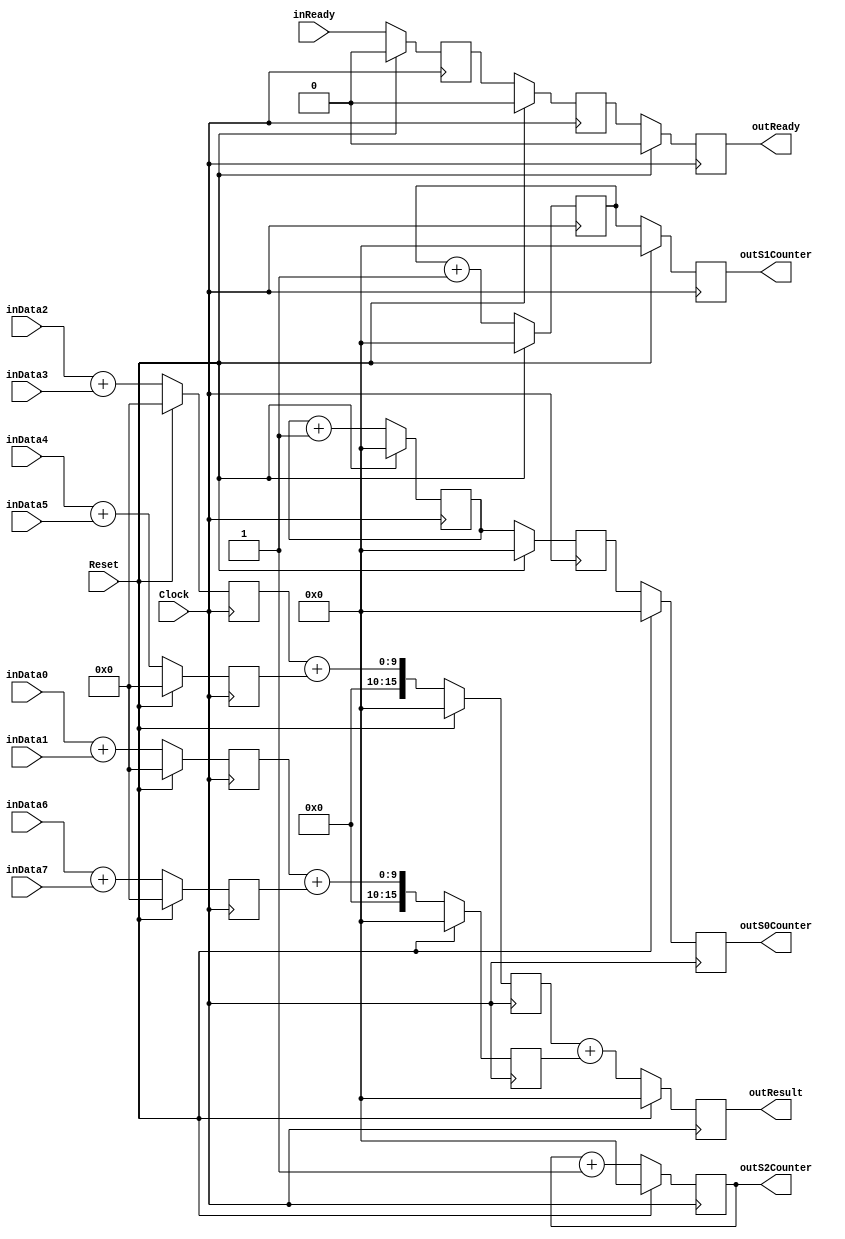
`timescale 1ns/1ps
`default_nettype none
// PLEASE READ THIS, IT MAY SAVE YOU SOME TIME AND MONEY, THANK YOU!
// * This file was generated by Quokka FPGA Toolkit.
// * Generated code is your property, do whatever you want with it
// * Place custom code between [BEGIN USER ***] and [END USER ***].
// * CAUTION: All code outside of [USER] scope is subject to regeneration.
// * Bad things happen sometimes in developer's life,
//   it is recommended to use source control management software (e.g. git, bzr etc) to keep your custom code safe'n'sound.
// * Internal structure of code is subject to change.
//   You can use some of signals in custom code, but most likely they will not exist in future (e.g. will get shorter or gone completely)
// * Please send your feedback, comments, improvement ideas etc. to evmuryshkin@gmail.com
// * Visit https://github.com/EvgenyMuryshkin/QuokkaEvaluation to access latest version of playground
//
// DISCLAIMER:
//   Code comes AS-IS, it is your responsibility to make sure it is working as expected
//   no responsibility will be taken for any loss or damage caused by use of Quokka toolkit.
//
// System configuration name is StageStatePipelineModule_TopLevel, clock frequency is 1Hz, Top-level
// FSM summary
// -- Packages
module StageStatePipelineModule_TopLevel
(
	// [BEGIN USER PORTS]
	// [END USER PORTS]
	input wire Clock,
	input wire Reset,
	input wire [7:0] inData0,
	input wire [7:0] inData1,
	input wire [7:0] inData2,
	input wire [7:0] inData3,
	input wire [7:0] inData4,
	input wire [7:0] inData5,
	input wire [7:0] inData6,
	input wire [7:0] inData7,
	input wire inReady,
	output wire outReady,
	output wire [15:0] outResult,
	output wire [15:0] outS0Counter,
	output wire [15:0] outS1Counter,
	output wire [15:0] outS2Counter
);
	// [BEGIN USER SIGNALS]
	// [END USER SIGNALS]
	localparam HiSignal = 1'b1;
	localparam LoSignal = 1'b0;
	wire Zero = 1'b0;
	wire One = 1'b1;
	wire true = 1'b1;
	wire false = 1'b0;
	wire [15: 0] Pipeline_stage0_State_sumsDefault = 16'b0000000000000000;
	wire [15: 0] Pipeline_stage1_State_sumsDefault = 16'b0000000000000000;
	wire Pipeline_StageStatePipelineModule_L92F60T61_Expr = 1'b1;
	wire Pipeline_StageStatePipelineModule_L97F64T65_Expr = 1'b1;
	wire Pipeline_StageStatePipelineModule_L108F59T60_Expr = 1'b1;
	wire Inputs_inReady;
	reg Pipeline_stage0_NextState_IsReady;
	reg [15: 0] Pipeline_stage0_NextState_S0Counter;
	reg Pipeline_stage1_NextState_IsReady;
	reg [15: 0] Pipeline_stage1_NextState_S0Counter;
	reg [15: 0] Pipeline_stage1_NextState_S1Counter;
	reg Pipeline_stage2_NextState_IsReady;
	reg [15: 0] Pipeline_stage2_NextState_result;
	reg [15: 0] Pipeline_stage2_NextState_S0Counter;
	reg [15: 0] Pipeline_stage2_NextState_S1Counter;
	reg [15: 0] Pipeline_stage2_NextState_S2Counter;
	wire Pipeline_Inputs_inReady;
	wire Pipeline_State_IsReady;
	wire [15: 0] Pipeline_State_result;
	wire [15: 0] Pipeline_State_S0Counter;
	wire [15: 0] Pipeline_State_S1Counter;
	wire [15: 0] Pipeline_State_S2Counter;
	wire Pipeline_NextState_IsReady;
	wire [15: 0] Pipeline_NextState_result;
	wire [15: 0] Pipeline_NextState_S0Counter;
	wire [15: 0] Pipeline_NextState_S1Counter;
	wire [15: 0] Pipeline_NextState_S2Counter;
	wire [15: 0] Pipeline_StageStatePipelineModule_L87F25T60_Cast;
	wire [15: 0] Pipeline_StageStatePipelineModule_L88F25T60_Cast;
	wire [15: 0] Pipeline_StageStatePipelineModule_L89F25T60_Cast;
	wire [15: 0] Pipeline_StageStatePipelineModule_L90F25T60_Cast;
	wire [15: 0] Pipeline_StageStatePipelineModule_L92F33T62_Cast;
	wire [15: 0] Pipeline_StageStatePipelineModule_L97F33T66_Cast;
	wire [15: 0] Pipeline_StageStatePipelineModule_L100F25T58_Cast;
	wire [15: 0] Pipeline_StageStatePipelineModule_L101F25T58_Cast;
	wire [15: 0] Pipeline_StageStatePipelineModule_L105F30T63_Cast;
	wire [15: 0] Pipeline_StageStatePipelineModule_L108F33T61_Cast;
	wire StageStatePipelineModule_L39F33T61_Cast;
	reg Pipeline_stage0_State_IsReady = 1'b0;
	wire Pipeline_stage0_State_IsReadyDefault = 1'b0;
	reg [15: 0] Pipeline_stage0_State_S0Counter = 16'b0000000000000000;
	wire [15: 0] Pipeline_stage0_State_S0CounterDefault = 16'b0000000000000000;
	reg Pipeline_stage1_State_IsReady = 1'b0;
	wire Pipeline_stage1_State_IsReadyDefault = 1'b0;
	reg [15: 0] Pipeline_stage1_State_S0Counter = 16'b0000000000000000;
	wire [15: 0] Pipeline_stage1_State_S0CounterDefault = 16'b0000000000000000;
	reg [15: 0] Pipeline_stage1_State_S1Counter = 16'b0000000000000000;
	wire [15: 0] Pipeline_stage1_State_S1CounterDefault = 16'b0000000000000000;
	reg Pipeline_stage2_State_IsReady = 1'b0;
	wire Pipeline_stage2_State_IsReadyDefault = 1'b0;
	reg [15: 0] Pipeline_stage2_State_result = 16'b0000000000000000;
	wire [15: 0] Pipeline_stage2_State_resultDefault = 16'b0000000000000000;
	reg [15: 0] Pipeline_stage2_State_S0Counter = 16'b0000000000000000;
	wire [15: 0] Pipeline_stage2_State_S0CounterDefault = 16'b0000000000000000;
	reg [15: 0] Pipeline_stage2_State_S1Counter = 16'b0000000000000000;
	wire [15: 0] Pipeline_stage2_State_S1CounterDefault = 16'b0000000000000000;
	reg [15: 0] Pipeline_stage2_State_S2Counter = 16'b0000000000000000;
	wire [15: 0] Pipeline_stage2_State_S2CounterDefault = 16'b0000000000000000;
	wire [9: 0] Pipeline_StageStatePipelineModule_L87F34T59_Expr;
	wire signed [9: 0] Pipeline_StageStatePipelineModule_L87F34T59_Expr_1;
	wire signed [9: 0] Pipeline_StageStatePipelineModule_L87F34T59_Expr_2;
	wire [9: 0] Pipeline_StageStatePipelineModule_L88F34T59_Expr;
	wire signed [9: 0] Pipeline_StageStatePipelineModule_L88F34T59_Expr_1;
	wire signed [9: 0] Pipeline_StageStatePipelineModule_L88F34T59_Expr_2;
	wire [9: 0] Pipeline_StageStatePipelineModule_L89F34T59_Expr;
	wire signed [9: 0] Pipeline_StageStatePipelineModule_L89F34T59_Expr_1;
	wire signed [9: 0] Pipeline_StageStatePipelineModule_L89F34T59_Expr_2;
	wire [9: 0] Pipeline_StageStatePipelineModule_L90F34T59_Expr;
	wire signed [9: 0] Pipeline_StageStatePipelineModule_L90F34T59_Expr_1;
	wire signed [9: 0] Pipeline_StageStatePipelineModule_L90F34T59_Expr_2;
	wire [17: 0] Pipeline_StageStatePipelineModule_L92F42T61_Expr;
	wire signed [17: 0] Pipeline_StageStatePipelineModule_L92F42T61_Expr_1;
	wire signed [17: 0] Pipeline_StageStatePipelineModule_L92F42T61_Expr_2;
	wire [17: 0] Pipeline_StageStatePipelineModule_L97F42T65_Expr;
	wire signed [17: 0] Pipeline_StageStatePipelineModule_L97F42T65_Expr_1;
	wire signed [17: 0] Pipeline_StageStatePipelineModule_L97F42T65_Expr_2;
	wire [17: 0] Pipeline_StageStatePipelineModule_L100F34T57_Expr;
	wire signed [17: 0] Pipeline_StageStatePipelineModule_L100F34T57_Expr_1;
	wire signed [17: 0] Pipeline_StageStatePipelineModule_L100F34T57_Expr_2;
	wire [17: 0] Pipeline_StageStatePipelineModule_L101F34T57_Expr;
	wire signed [17: 0] Pipeline_StageStatePipelineModule_L101F34T57_Expr_1;
	wire signed [17: 0] Pipeline_StageStatePipelineModule_L101F34T57_Expr_2;
	wire [17: 0] Pipeline_StageStatePipelineModule_L105F39T62_Expr;
	wire signed [17: 0] Pipeline_StageStatePipelineModule_L105F39T62_Expr_1;
	wire signed [17: 0] Pipeline_StageStatePipelineModule_L105F39T62_Expr_2;
	wire [17: 0] Pipeline_StageStatePipelineModule_L108F42T60_Expr;
	wire signed [17: 0] Pipeline_StageStatePipelineModule_L108F42T60_Expr_1;
	wire signed [17: 0] Pipeline_StageStatePipelineModule_L108F42T60_Expr_2;
	wire [7 : 0] Inputs_inData [0 : 7];
	integer Pipeline_stage0_State_sums_Iterator;
	reg [15 : 0] Pipeline_stage0_State_sums [0 : 3];
	initial
	begin : Init_Pipeline_stage0_State_sums
		for (Pipeline_stage0_State_sums_Iterator = 0; Pipeline_stage0_State_sums_Iterator < 4; Pipeline_stage0_State_sums_Iterator = Pipeline_stage0_State_sums_Iterator + 1)
			Pipeline_stage0_State_sums[Pipeline_stage0_State_sums_Iterator] = 0;
	end
	integer Pipeline_stage0_NextState_sums_Iterator;
	reg [15 : 0] Pipeline_stage0_NextState_sums [0 : 3];
	initial
	begin : Init_Pipeline_stage0_NextState_sums
		for (Pipeline_stage0_NextState_sums_Iterator = 0; Pipeline_stage0_NextState_sums_Iterator < 4; Pipeline_stage0_NextState_sums_Iterator = Pipeline_stage0_NextState_sums_Iterator + 1)
			Pipeline_stage0_NextState_sums[Pipeline_stage0_NextState_sums_Iterator] = 0;
	end
	integer Pipeline_stage1_State_sums_Iterator;
	reg [15 : 0] Pipeline_stage1_State_sums [0 : 1];
	initial
	begin : Init_Pipeline_stage1_State_sums
		for (Pipeline_stage1_State_sums_Iterator = 0; Pipeline_stage1_State_sums_Iterator < 2; Pipeline_stage1_State_sums_Iterator = Pipeline_stage1_State_sums_Iterator + 1)
			Pipeline_stage1_State_sums[Pipeline_stage1_State_sums_Iterator] = 0;
	end
	integer Pipeline_stage1_NextState_sums_Iterator;
	reg [15 : 0] Pipeline_stage1_NextState_sums [0 : 1];
	initial
	begin : Init_Pipeline_stage1_NextState_sums
		for (Pipeline_stage1_NextState_sums_Iterator = 0; Pipeline_stage1_NextState_sums_Iterator < 2; Pipeline_stage1_NextState_sums_Iterator = Pipeline_stage1_NextState_sums_Iterator + 1)
			Pipeline_stage1_NextState_sums[Pipeline_stage1_NextState_sums_Iterator] = 0;
	end
	wire [7 : 0] Pipeline_Inputs_inData [0 : 7];
	wire [15 : 0] Pipeline_StageStatePipelineModule_L85F28L91T22_Enumerable [0 : 3];
	wire [15 : 0] Pipeline_StageStatePipelineModule_L98F28L102T22_Enumerable [0 : 1];
	always @ (posedge Clock)
	begin
		if ((Reset == 1))
		begin
			Pipeline_stage0_State_IsReady <= Pipeline_stage0_State_IsReadyDefault;
			Pipeline_stage0_State_S0Counter <= Pipeline_stage0_State_S0CounterDefault;
			Pipeline_stage1_State_IsReady <= Pipeline_stage1_State_IsReadyDefault;
			Pipeline_stage1_State_S0Counter <= Pipeline_stage1_State_S0CounterDefault;
			Pipeline_stage1_State_S1Counter <= Pipeline_stage1_State_S1CounterDefault;
			Pipeline_stage2_State_IsReady <= Pipeline_stage2_State_IsReadyDefault;
			Pipeline_stage2_State_result <= Pipeline_stage2_State_resultDefault;
			Pipeline_stage2_State_S0Counter <= Pipeline_stage2_State_S0CounterDefault;
			Pipeline_stage2_State_S1Counter <= Pipeline_stage2_State_S1CounterDefault;
			Pipeline_stage2_State_S2Counter <= Pipeline_stage2_State_S2CounterDefault;
		end
		else
		begin
			Pipeline_stage0_State_IsReady <= Pipeline_stage0_NextState_IsReady;
			Pipeline_stage0_State_S0Counter <= Pipeline_stage0_NextState_S0Counter;
			Pipeline_stage1_State_IsReady <= Pipeline_stage1_NextState_IsReady;
			Pipeline_stage1_State_S0Counter <= Pipeline_stage1_NextState_S0Counter;
			Pipeline_stage1_State_S1Counter <= Pipeline_stage1_NextState_S1Counter;
			Pipeline_stage2_State_IsReady <= Pipeline_stage2_NextState_IsReady;
			Pipeline_stage2_State_result <= Pipeline_stage2_NextState_result;
			Pipeline_stage2_State_S0Counter <= Pipeline_stage2_NextState_S0Counter;
			Pipeline_stage2_State_S1Counter <= Pipeline_stage2_NextState_S1Counter;
			Pipeline_stage2_State_S2Counter <= Pipeline_stage2_NextState_S2Counter;
		end
	end
	always @ (posedge Clock)
	begin
		if ((Reset == 1))
		begin
			for (Pipeline_stage0_State_sums_Iterator = 0; (Pipeline_stage0_State_sums_Iterator < 4); Pipeline_stage0_State_sums_Iterator = (Pipeline_stage0_State_sums_Iterator + 1))
			begin
				Pipeline_stage0_State_sums[Pipeline_stage0_State_sums_Iterator] <= Pipeline_stage0_State_sumsDefault;
			end
		end
		else
		begin
			for (Pipeline_stage0_State_sums_Iterator = 0; (Pipeline_stage0_State_sums_Iterator < 4); Pipeline_stage0_State_sums_Iterator = (Pipeline_stage0_State_sums_Iterator + 1))
			begin
				Pipeline_stage0_State_sums[Pipeline_stage0_State_sums_Iterator] <= Pipeline_stage0_NextState_sums[Pipeline_stage0_State_sums_Iterator];
			end
		end
	end
	always @ (posedge Clock)
	begin
		if ((Reset == 1))
		begin
			for (Pipeline_stage1_State_sums_Iterator = 0; (Pipeline_stage1_State_sums_Iterator < 2); Pipeline_stage1_State_sums_Iterator = (Pipeline_stage1_State_sums_Iterator + 1))
			begin
				Pipeline_stage1_State_sums[Pipeline_stage1_State_sums_Iterator] <= Pipeline_stage1_State_sumsDefault;
			end
		end
		else
		begin
			for (Pipeline_stage1_State_sums_Iterator = 0; (Pipeline_stage1_State_sums_Iterator < 2); Pipeline_stage1_State_sums_Iterator = (Pipeline_stage1_State_sums_Iterator + 1))
			begin
				Pipeline_stage1_State_sums[Pipeline_stage1_State_sums_Iterator] <= Pipeline_stage1_NextState_sums[Pipeline_stage1_State_sums_Iterator];
			end
		end
	end
	assign Pipeline_StageStatePipelineModule_L87F34T59_Expr = Pipeline_StageStatePipelineModule_L87F34T59_Expr_1 + Pipeline_StageStatePipelineModule_L87F34T59_Expr_2;
	assign Pipeline_StageStatePipelineModule_L88F34T59_Expr = Pipeline_StageStatePipelineModule_L88F34T59_Expr_1 + Pipeline_StageStatePipelineModule_L88F34T59_Expr_2;
	assign Pipeline_StageStatePipelineModule_L89F34T59_Expr = Pipeline_StageStatePipelineModule_L89F34T59_Expr_1 + Pipeline_StageStatePipelineModule_L89F34T59_Expr_2;
	assign Pipeline_StageStatePipelineModule_L90F34T59_Expr = Pipeline_StageStatePipelineModule_L90F34T59_Expr_1 + Pipeline_StageStatePipelineModule_L90F34T59_Expr_2;
	assign Pipeline_StageStatePipelineModule_L92F42T61_Expr = Pipeline_StageStatePipelineModule_L92F42T61_Expr_1 + Pipeline_StageStatePipelineModule_L92F42T61_Expr_2;
	assign Pipeline_StageStatePipelineModule_L97F42T65_Expr = Pipeline_StageStatePipelineModule_L97F42T65_Expr_1 + Pipeline_StageStatePipelineModule_L97F42T65_Expr_2;
	assign Pipeline_StageStatePipelineModule_L100F34T57_Expr = Pipeline_StageStatePipelineModule_L100F34T57_Expr_1 + Pipeline_StageStatePipelineModule_L100F34T57_Expr_2;
	assign Pipeline_StageStatePipelineModule_L101F34T57_Expr = Pipeline_StageStatePipelineModule_L101F34T57_Expr_1 + Pipeline_StageStatePipelineModule_L101F34T57_Expr_2;
	assign Pipeline_StageStatePipelineModule_L105F39T62_Expr = Pipeline_StageStatePipelineModule_L105F39T62_Expr_1 + Pipeline_StageStatePipelineModule_L105F39T62_Expr_2;
	assign Pipeline_StageStatePipelineModule_L108F42T60_Expr = Pipeline_StageStatePipelineModule_L108F42T60_Expr_1 + Pipeline_StageStatePipelineModule_L108F42T60_Expr_2;
	always @ (*)
	begin
		Pipeline_stage0_NextState_IsReady = Pipeline_stage0_State_IsReady;
		Pipeline_stage0_NextState_S0Counter = Pipeline_stage0_State_S0Counter;
		Pipeline_stage0_NextState_sums[0] = Pipeline_stage0_State_sums[0];
		Pipeline_stage0_NextState_sums[1] = Pipeline_stage0_State_sums[1];
		Pipeline_stage0_NextState_sums[2] = Pipeline_stage0_State_sums[2];
		Pipeline_stage0_NextState_sums[3] = Pipeline_stage0_State_sums[3];
		Pipeline_stage1_NextState_IsReady = Pipeline_stage1_State_IsReady;
		Pipeline_stage1_NextState_S0Counter = Pipeline_stage1_State_S0Counter;
		Pipeline_stage1_NextState_S1Counter = Pipeline_stage1_State_S1Counter;
		Pipeline_stage1_NextState_sums[0] = Pipeline_stage1_State_sums[0];
		Pipeline_stage1_NextState_sums[1] = Pipeline_stage1_State_sums[1];
		Pipeline_stage2_NextState_IsReady = Pipeline_stage2_State_IsReady;
		Pipeline_stage2_NextState_result = Pipeline_stage2_State_result;
		Pipeline_stage2_NextState_S0Counter = Pipeline_stage2_State_S0Counter;
		Pipeline_stage2_NextState_S1Counter = Pipeline_stage2_State_S1Counter;
		Pipeline_stage2_NextState_S2Counter = Pipeline_stage2_State_S2Counter;
		Pipeline_stage0_NextState_IsReady = Pipeline_Inputs_inReady;
		Pipeline_stage0_NextState_S0Counter = Pipeline_StageStatePipelineModule_L92F33T62_Cast;
		Pipeline_stage0_NextState_sums[0] = Pipeline_StageStatePipelineModule_L85F28L91T22_Enumerable[0];
		Pipeline_stage0_NextState_sums[1] = Pipeline_StageStatePipelineModule_L85F28L91T22_Enumerable[1];
		Pipeline_stage0_NextState_sums[2] = Pipeline_StageStatePipelineModule_L85F28L91T22_Enumerable[2];
		Pipeline_stage0_NextState_sums[3] = Pipeline_StageStatePipelineModule_L85F28L91T22_Enumerable[3];
		Pipeline_stage1_NextState_IsReady = Pipeline_stage0_State_IsReady;
		Pipeline_stage1_NextState_S0Counter = Pipeline_stage0_State_S0Counter;
		Pipeline_stage1_NextState_S1Counter = Pipeline_StageStatePipelineModule_L97F33T66_Cast;
		Pipeline_stage1_NextState_sums[0] = Pipeline_StageStatePipelineModule_L98F28L102T22_Enumerable[0];
		Pipeline_stage1_NextState_sums[1] = Pipeline_StageStatePipelineModule_L98F28L102T22_Enumerable[1];
		Pipeline_stage2_NextState_IsReady = Pipeline_stage1_State_IsReady;
		Pipeline_stage2_NextState_result = Pipeline_StageStatePipelineModule_L105F30T63_Cast;
		Pipeline_stage2_NextState_S0Counter = Pipeline_stage1_State_S0Counter;
		Pipeline_stage2_NextState_S1Counter = Pipeline_stage1_State_S1Counter;
		Pipeline_stage2_NextState_S2Counter = Pipeline_StageStatePipelineModule_L108F33T61_Cast;
	end
	assign Pipeline_StageStatePipelineModule_L87F34T59_Expr_1 = {
		{2{1'b0}},
		Pipeline_Inputs_inData[2]
	}
	;
	assign Pipeline_StageStatePipelineModule_L87F34T59_Expr_2 = {
		{2{1'b0}},
		Pipeline_Inputs_inData[3]
	}
	;
	assign Pipeline_StageStatePipelineModule_L88F34T59_Expr_1 = {
		{2{1'b0}},
		Pipeline_Inputs_inData[4]
	}
	;
	assign Pipeline_StageStatePipelineModule_L88F34T59_Expr_2 = {
		{2{1'b0}},
		Pipeline_Inputs_inData[5]
	}
	;
	assign Pipeline_StageStatePipelineModule_L89F34T59_Expr_1 = {
		{2{1'b0}},
		Pipeline_Inputs_inData[0]
	}
	;
	assign Pipeline_StageStatePipelineModule_L89F34T59_Expr_2 = {
		{2{1'b0}},
		Pipeline_Inputs_inData[1]
	}
	;
	assign Pipeline_StageStatePipelineModule_L90F34T59_Expr_1 = {
		{2{1'b0}},
		Pipeline_Inputs_inData[6]
	}
	;
	assign Pipeline_StageStatePipelineModule_L90F34T59_Expr_2 = {
		{2{1'b0}},
		Pipeline_Inputs_inData[7]
	}
	;
	assign Pipeline_StageStatePipelineModule_L92F42T61_Expr_1 = {
		{2{1'b0}},
		Pipeline_stage0_State_S0Counter
	}
	;
	assign Pipeline_StageStatePipelineModule_L92F42T61_Expr_2 = {
		{17{1'b0}},
		Pipeline_StageStatePipelineModule_L92F60T61_Expr
	}
	;
	assign Pipeline_StageStatePipelineModule_L97F42T65_Expr_1 = {
		{2{1'b0}},
		Pipeline_stage1_State_S1Counter
	}
	;
	assign Pipeline_StageStatePipelineModule_L97F42T65_Expr_2 = {
		{17{1'b0}},
		Pipeline_StageStatePipelineModule_L97F64T65_Expr
	}
	;
	assign Pipeline_StageStatePipelineModule_L100F34T57_Expr_1 = {
		{2{1'b0}},
		Pipeline_stage0_State_sums[0]
	}
	;
	assign Pipeline_StageStatePipelineModule_L100F34T57_Expr_2 = {
		{2{1'b0}},
		Pipeline_stage0_State_sums[1]
	}
	;
	assign Pipeline_StageStatePipelineModule_L101F34T57_Expr_1 = {
		{2{1'b0}},
		Pipeline_stage0_State_sums[2]
	}
	;
	assign Pipeline_StageStatePipelineModule_L101F34T57_Expr_2 = {
		{2{1'b0}},
		Pipeline_stage0_State_sums[3]
	}
	;
	assign Pipeline_StageStatePipelineModule_L105F39T62_Expr_1 = {
		{2{1'b0}},
		Pipeline_stage1_State_sums[0]
	}
	;
	assign Pipeline_StageStatePipelineModule_L105F39T62_Expr_2 = {
		{2{1'b0}},
		Pipeline_stage1_State_sums[1]
	}
	;
	assign Pipeline_StageStatePipelineModule_L108F42T60_Expr_1 = {
		{2{1'b0}},
		Pipeline_stage2_State_S2Counter
	}
	;
	assign Pipeline_StageStatePipelineModule_L108F42T60_Expr_2 = {
		{17{1'b0}},
		Pipeline_StageStatePipelineModule_L108F59T60_Expr
	}
	;
	assign Inputs_inData[0] = inData0;
	assign Inputs_inData[1] = inData1;
	assign Inputs_inData[2] = inData2;
	assign Inputs_inData[3] = inData3;
	assign Inputs_inData[4] = inData4;
	assign Inputs_inData[5] = inData5;
	assign Inputs_inData[6] = inData6;
	assign Inputs_inData[7] = inData7;
	assign Inputs_inReady = inReady;
	assign Pipeline_State_IsReady = Pipeline_stage2_State_IsReady;
	assign Pipeline_State_result = Pipeline_stage2_State_result;
	assign Pipeline_State_S0Counter = Pipeline_stage2_State_S0Counter;
	assign Pipeline_State_S1Counter = Pipeline_stage2_State_S1Counter;
	assign Pipeline_State_S2Counter = Pipeline_stage2_State_S2Counter;
	assign Pipeline_NextState_IsReady = Pipeline_stage2_NextState_IsReady;
	assign Pipeline_NextState_result = Pipeline_stage2_NextState_result;
	assign Pipeline_NextState_S0Counter = Pipeline_stage2_NextState_S0Counter;
	assign Pipeline_NextState_S1Counter = Pipeline_stage2_NextState_S1Counter;
	assign Pipeline_NextState_S2Counter = Pipeline_stage2_NextState_S2Counter;
	assign Pipeline_StageStatePipelineModule_L87F25T60_Cast = {
		{6{1'b0}},
		Pipeline_StageStatePipelineModule_L87F34T59_Expr
	}
	;
	assign Pipeline_StageStatePipelineModule_L88F25T60_Cast = {
		{6{1'b0}},
		Pipeline_StageStatePipelineModule_L88F34T59_Expr
	}
	;
	assign Pipeline_StageStatePipelineModule_L89F25T60_Cast = {
		{6{1'b0}},
		Pipeline_StageStatePipelineModule_L89F34T59_Expr
	}
	;
	assign Pipeline_StageStatePipelineModule_L90F25T60_Cast = {
		{6{1'b0}},
		Pipeline_StageStatePipelineModule_L90F34T59_Expr
	}
	;
	assign Pipeline_StageStatePipelineModule_L85F28L91T22_Enumerable[0] = Pipeline_StageStatePipelineModule_L87F25T60_Cast;
	assign Pipeline_StageStatePipelineModule_L85F28L91T22_Enumerable[1] = Pipeline_StageStatePipelineModule_L88F25T60_Cast;
	assign Pipeline_StageStatePipelineModule_L85F28L91T22_Enumerable[2] = Pipeline_StageStatePipelineModule_L89F25T60_Cast;
	assign Pipeline_StageStatePipelineModule_L85F28L91T22_Enumerable[3] = Pipeline_StageStatePipelineModule_L90F25T60_Cast;
	assign Pipeline_StageStatePipelineModule_L92F33T62_Cast = Pipeline_StageStatePipelineModule_L92F42T61_Expr[15:0];
	assign Pipeline_StageStatePipelineModule_L97F33T66_Cast = Pipeline_StageStatePipelineModule_L97F42T65_Expr[15:0];
	assign Pipeline_StageStatePipelineModule_L100F25T58_Cast = Pipeline_StageStatePipelineModule_L100F34T57_Expr[15:0];
	assign Pipeline_StageStatePipelineModule_L101F25T58_Cast = Pipeline_StageStatePipelineModule_L101F34T57_Expr[15:0];
	assign Pipeline_StageStatePipelineModule_L98F28L102T22_Enumerable[0] = Pipeline_StageStatePipelineModule_L100F25T58_Cast;
	assign Pipeline_StageStatePipelineModule_L98F28L102T22_Enumerable[1] = Pipeline_StageStatePipelineModule_L101F25T58_Cast;
	assign Pipeline_StageStatePipelineModule_L105F30T63_Cast = Pipeline_StageStatePipelineModule_L105F39T62_Expr[15:0];
	assign Pipeline_StageStatePipelineModule_L108F33T61_Cast = Pipeline_StageStatePipelineModule_L108F42T60_Expr[15:0];
	assign StageStatePipelineModule_L39F33T61_Cast = Pipeline_State_IsReady;
	assign outReady = StageStatePipelineModule_L39F33T61_Cast;
	assign outResult = Pipeline_State_result;
	assign outS0Counter = Pipeline_State_S0Counter;
	assign outS1Counter = Pipeline_State_S1Counter;
	assign outS2Counter = Pipeline_State_S2Counter;
	assign Pipeline_Inputs_inData[0] = Inputs_inData[0];
	assign Pipeline_Inputs_inData[1] = Inputs_inData[1];
	assign Pipeline_Inputs_inData[2] = Inputs_inData[2];
	assign Pipeline_Inputs_inData[3] = Inputs_inData[3];
	assign Pipeline_Inputs_inData[4] = Inputs_inData[4];
	assign Pipeline_Inputs_inData[5] = Inputs_inData[5];
	assign Pipeline_Inputs_inData[6] = Inputs_inData[6];
	assign Pipeline_Inputs_inData[7] = Inputs_inData[7];
	assign Pipeline_Inputs_inReady = Inputs_inReady;
	// [BEGIN USER ARCHITECTURE]
	// [END USER ARCHITECTURE]
endmodule